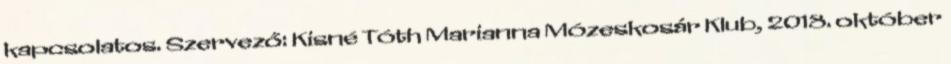
kapcsolatos. Szervező: Kisné Tóth Marianna Mózeskosár Klub, 2018. október